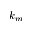
k _ { m }